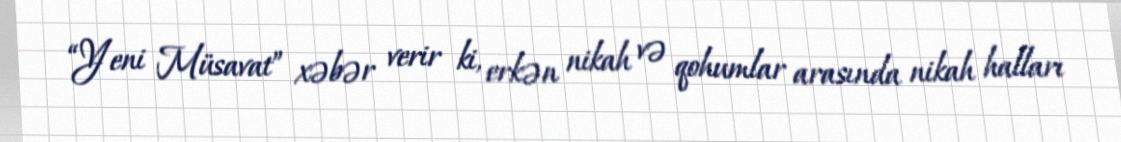
“Yeni Müsavat” xəbər verir ki, erkən nikah və qohumlar arasında nikah halları